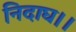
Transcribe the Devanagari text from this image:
निदाघ।।